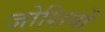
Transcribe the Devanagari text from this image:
जोशियों